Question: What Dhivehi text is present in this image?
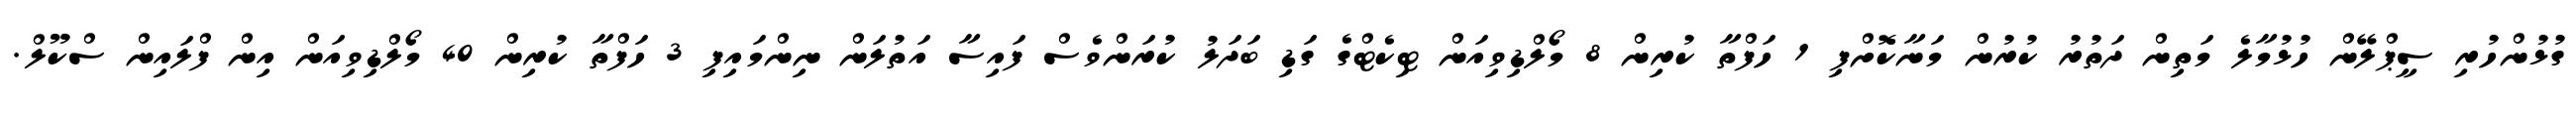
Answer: ގުޅުންހުރި ސީޕްލޭން ހުޅުމާލެ މަތިން ދަތުރު ކުރުން މަނާކޮށްފި 1 ހަފްތާ ކުރިން 8 މޯލްޑިވިއަން ޓިކެޓްގެ ގަޑި ބަދަލު ކުރަންވެސް ފައިސާ އަތުލަން ނިންމައިފި 3 ހަފްތާ ކުރިން 40 މޯލްޑިވިއަން އިން ފްލައިން ސްކޫލް.